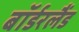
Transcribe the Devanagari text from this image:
बॉर्डरलैंड